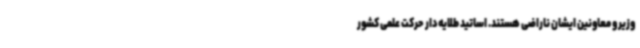
وزیر و معاونین ایشان ناراضی هستند. اساتید طلایه‌دار حرکت علمی کشور